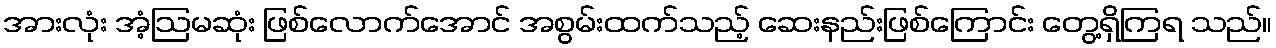
အားလုံး အံ့ဩမဆုံး ဖြစ်လောက်အောင် အစွမ်းထက်သည့် ဆေးနည်းဖြစ်ကြောင်း တွေ့ရှိကြရ သည်။